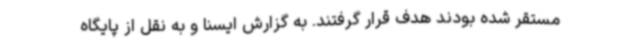
مستقر شده بودند هدف قرار گرفتند. به گزارش ایسنا و به نقل از پایگاه